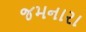
જમનારા